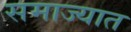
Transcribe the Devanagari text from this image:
समाज्यात